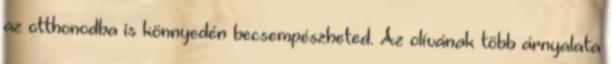
az otthonodba is könnyedén becsempészheted. Az olívának több árnyalata